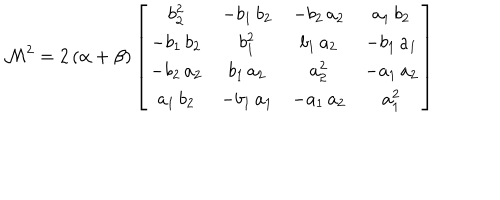
LaTeX: \mathcal { M } ^ { 2 } = 2 \, ( \alpha + \beta ) \left[ \begin{array} { c c c c } { { b _ { 2 } ^ { 2 } } } & { { - b _ { 1 } \, b _ { 2 } } } & { { - b _ { 2 } \, a _ { 2 } } } & { { a _ { 1 } \, b _ { 2 } } } \\ { { - b _ { 1 } \, b _ { 2 } } } & { { b _ { 1 } ^ { 2 } } } & { { b _ { 1 } \, a _ { 2 } } } & { { - b _ { 1 } \, a _ { 1 } } } \\ { { - b _ { 2 } \, a _ { 2 } } } & { { b _ { 1 } \, a _ { 2 } } } & { { a _ { 2 } ^ { 2 } } } & { { - a _ { 1 } \, a _ { 2 } } } \\ { { a _ { 1 } \, b _ { 2 } } } & { { - b _ { 1 } \, a _ { 1 } } } & { { - a _ { 1 } \, a _ { 2 } } } & { { a _ { 1 } ^ { 2 } } } \\ \end{array} \right]